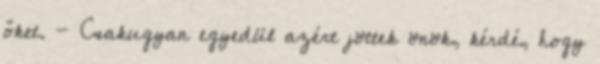
őket. - Csakugyan egyedül azért jöttek önök, kérdé, hogy